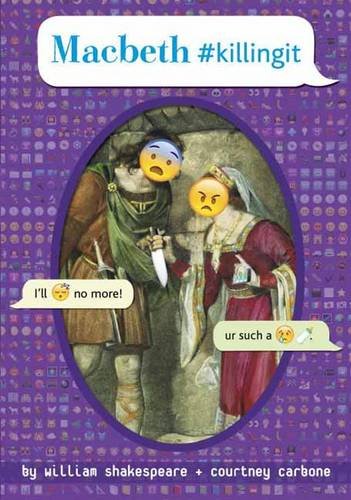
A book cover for Macbeth #killingit (OMG Shakespeare); William Shakespeare; Teen & Young Adult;